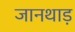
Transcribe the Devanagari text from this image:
जानथाड़